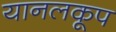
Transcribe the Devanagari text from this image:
यानलकूप